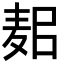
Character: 𪌛